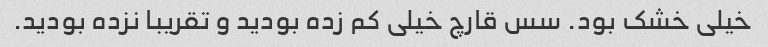
خیلی خشک بود. سس قارچ خیلی کم زده بودید و تقریبا نزده بودید.